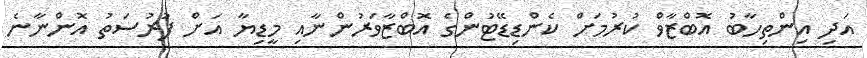
އަދި އިންތިހާބު އޮބްޒާވް ކުރުމަށް ކެންޑިޑޭޓުންގެ އޮބްޒާވަރުންނާއި މީޑިޔާ އަށް ފުރުސަތު އޮންނާނެ